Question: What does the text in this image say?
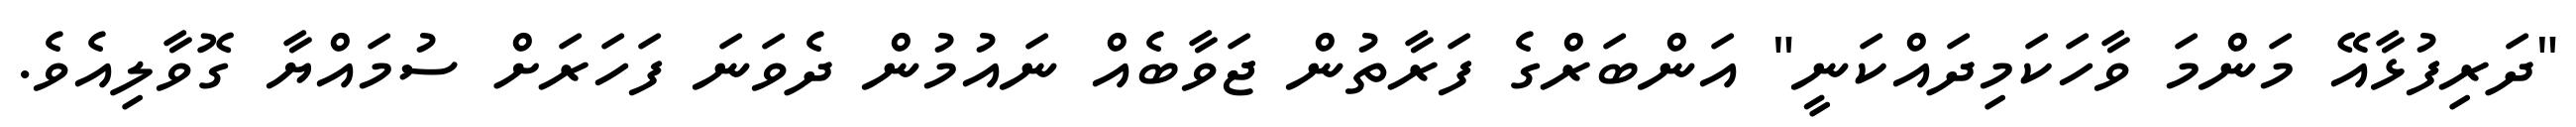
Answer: "ދަރިފުޅާއޭ މަންމަ ވާހަކަމިދައްކަނީ" އަންބަރްގެ ފަރާތުން ޖަވާބެއް ނައުމުން ދެވަނަ ފަހަރަށް ސުމައްޔާ ގޮވާލިއެވެ.